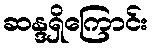
ဆန္ဒရှိကြောင်း